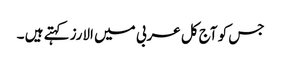
جس کو آج کل عربی میں الارز کہتے ہیں ۔